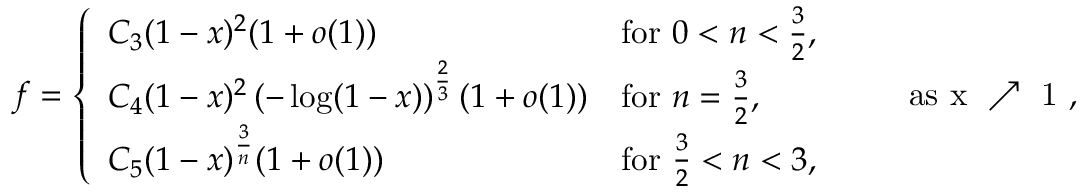
f = \left\{ \begin{array} { l l } { C _ { 3 } ( 1 - x ) ^ { 2 } ( 1 + o ( 1 ) ) } & { \mathrm { f o r ~ } 0 < n < \frac 3 2 , } \\ { C _ { 4 } ( 1 - x ) ^ { 2 } \left( - \log ( 1 - x ) \right) ^ { \frac 2 3 } ( 1 + o ( 1 ) ) } & { \mathrm { f o r ~ } n = \frac 3 2 , } \\ { C _ { 5 } ( 1 - x ) ^ { \frac 3 n } ( 1 + o ( 1 ) ) } & { \mathrm { f o r ~ } \frac 3 2 < n < 3 , } \end{array} \right. \qquad \mathrm { a s ~ x ~ \nearrow ~ 1 ~ , }